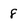
Character: f